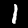
Label: 1